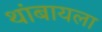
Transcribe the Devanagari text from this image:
थांबायला